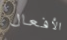
الأفعال